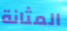
المثانة